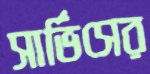
সার্ভিসের